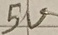
Text: 5V